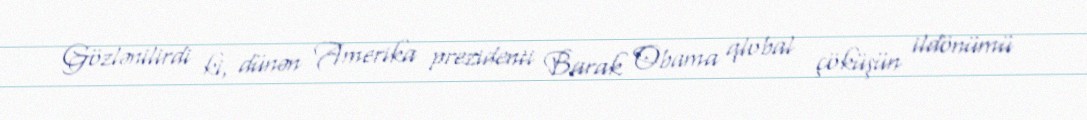
Gözlənilirdi ki, dünən Amerika prezidenti Barak Obama qlobal çöküşün ildönümü